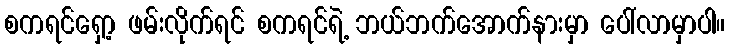
စကရင်ရှော့ ဖမ်းလိုက်ရင် စကရင်ရဲ့ ဘယ်ဘက်အောက်နားမှာ ပေါ်လာမှာပါ။